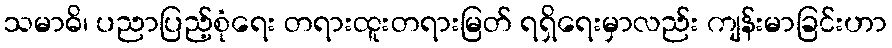
သမာဓိ၊ ပညာပြည့်စုံရေး တရားထူးတရားမြတ် ရရှိရေးမှာလည်း ကျန်းမာခြင်းဟာ